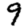
Digit: 9